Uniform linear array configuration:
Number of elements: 48
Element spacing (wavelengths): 0.5
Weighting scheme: hann
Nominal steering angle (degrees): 60
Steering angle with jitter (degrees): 61.843
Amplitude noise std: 0.05
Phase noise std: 0.05

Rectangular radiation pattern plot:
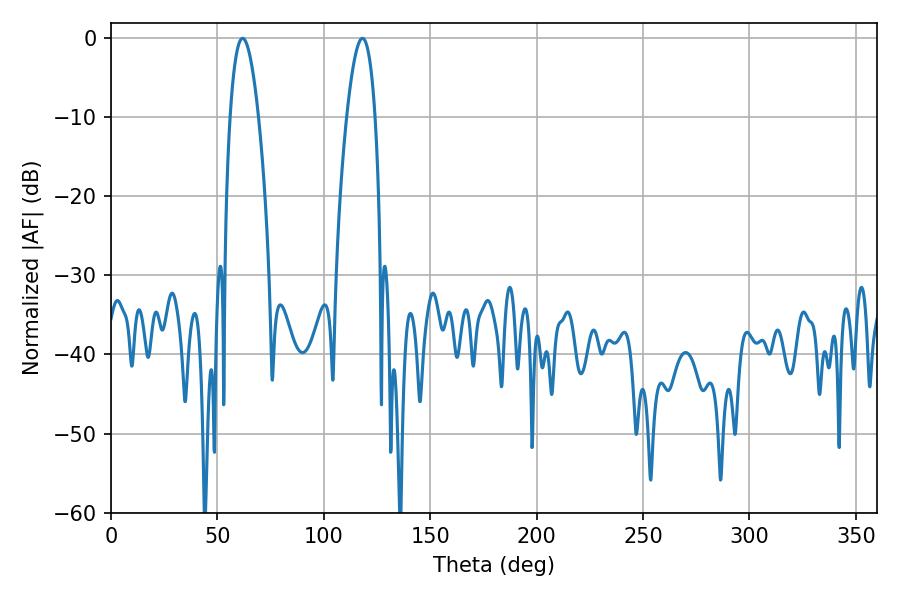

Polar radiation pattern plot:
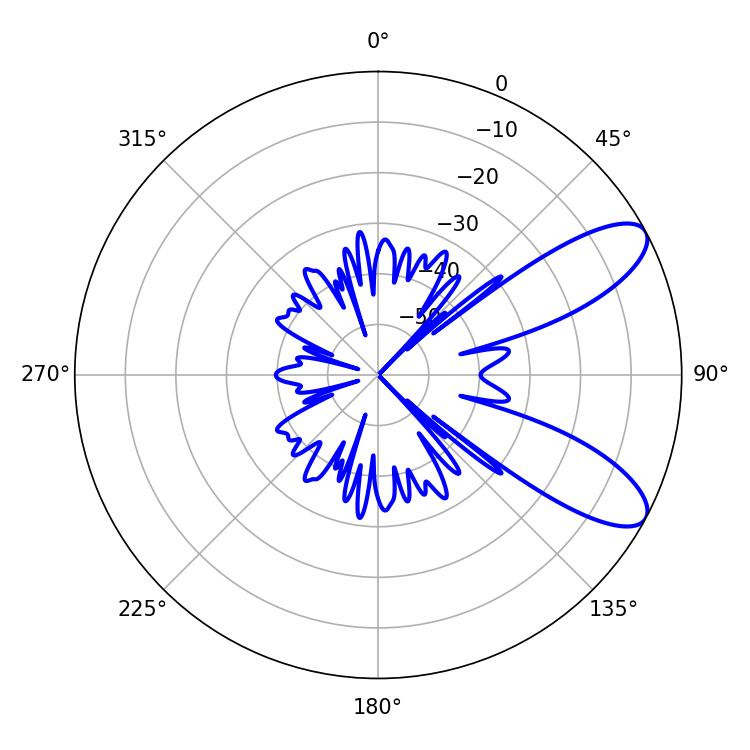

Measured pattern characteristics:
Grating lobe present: FALSE
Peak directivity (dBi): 9.136
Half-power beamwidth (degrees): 7.2
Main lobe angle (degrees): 61.92